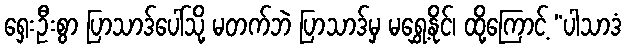
ရှေးဦးစွာ ပြာသာဒ်ပေါ်သို့ မတက်ဘဲ ပြာသာဒ်မှ မရွှေ့နိုင်၊ ထို့ကြောင့် “ပါသာဒံ